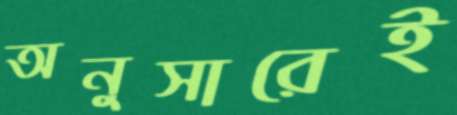
অনুসারেই